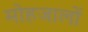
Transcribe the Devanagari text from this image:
मोहजालों